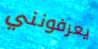
يعرفونني